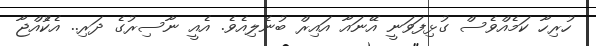
ހުރިހާ ކަމެއްވެސް ގުޅިފަވަނީ އޭނައާ އައިރް ބުނެލިއެވެ. އެއީ ނާސިރުގެ ދަރި.. އެކުެއްޖާ